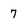
Character: 7